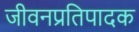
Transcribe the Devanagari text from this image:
जीवनप्रतिपादक